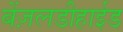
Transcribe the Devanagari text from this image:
बेंज़लडीहाईड